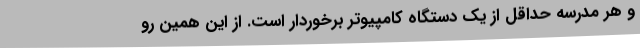
و هر مدرسه حداقل از یک دستگاه کامپیوتر برخوردار است. از این همین رو